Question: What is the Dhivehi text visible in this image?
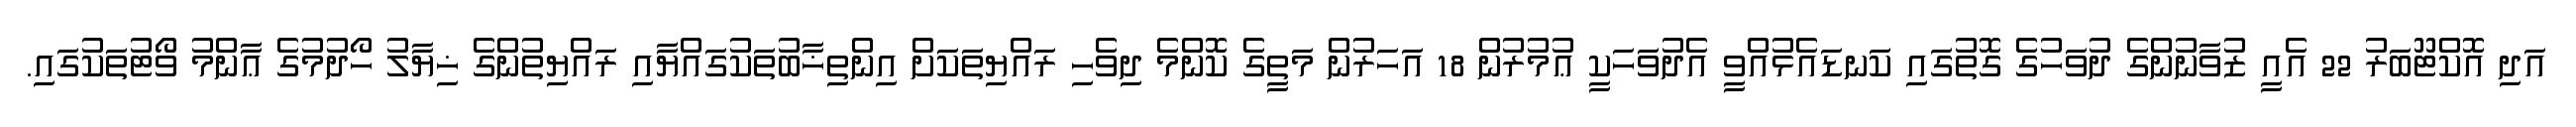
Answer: އަދި އޮކްޓޫބަރު 22 އެއީ ޒުވާނުންގެ ދުވަހުގެ ގޮތުގައި ކަނޑައެޅުއްވީ އެދުވަހަކީ ޢުމުރުން 18 އަހަރުން މަތީގެ ކޮންމެ ދިވެހި ރައްޔިތަކަށް އިންތިޚާބުތަކުގައްޔާއި ރައްޔިތުންގެ ޚިޔާލު ހޯދުމުގެ ޢާންމު ވޯޓުތަކުގައި.